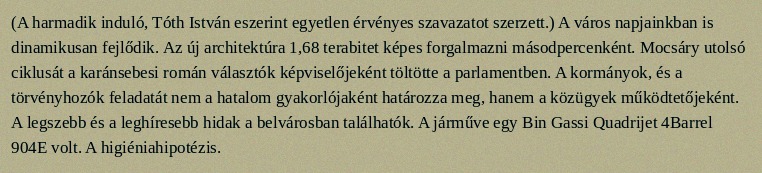
(A harmadik induló, Tóth István eszerint egyetlen érvényes szavazatot szerzett.) A város napjainkban is dinamikusan fejlődik. Az új architektúra 1,68 terabitet képes forgalmazni másodpercenként. Mocsáry utolsó ciklusát a karánsebesi román választók képviselőjeként töltötte a parlamentben. A kormányok, és a törvényhozók feladatát nem a hatalom gyakorlójaként határozza meg, hanem a közügyek működtetőjeként. A legszebb és a leghíresebb hidak a belvárosban találhatók. A járműve egy Bin Gassi Quadrijet 4Barrel 904E volt. A higiéniahipotézis.